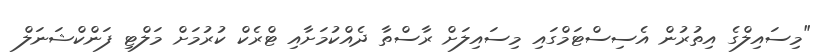
"މިސައިލްގެ އިތުރުން އެސިސްޓަމްގައި މިސައިލަށް ރާސްތާ ދެއްކުމަށާއި ޓްރެކް ކުރުމަށް މަލްޓި ފަންކްޝަނަލް